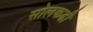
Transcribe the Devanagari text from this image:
सोलकढी